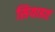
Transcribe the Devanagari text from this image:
सियाहत